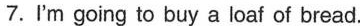
7.I'm going to buy a loaf of bread.